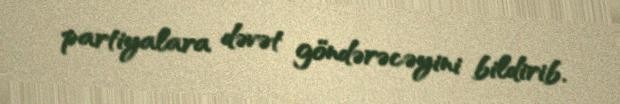
partiyalara dəvət göndərəcəyini bildirib.